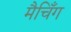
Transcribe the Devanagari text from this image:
मैचिँग